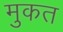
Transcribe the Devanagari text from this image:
मुकत